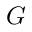
G